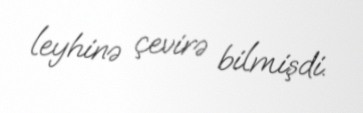
leyhinə çevirə bilmişdi.